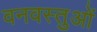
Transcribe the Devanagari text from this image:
वनवस्तुओं